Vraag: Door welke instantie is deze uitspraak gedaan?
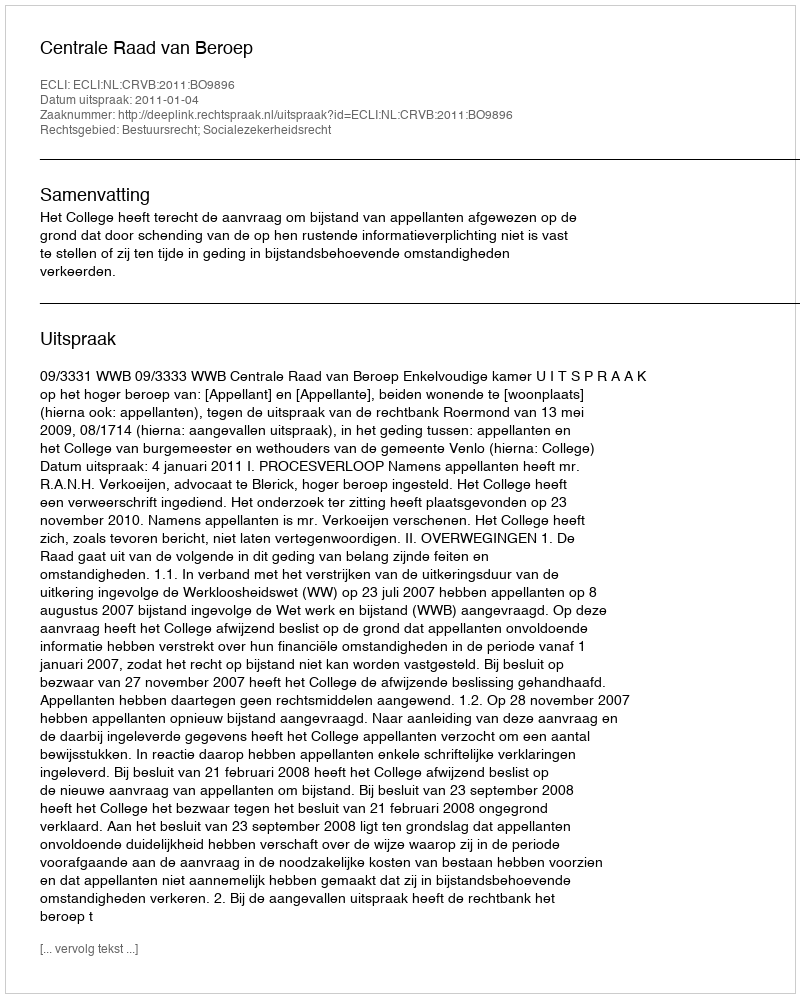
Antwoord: Centrale Raad van Beroep